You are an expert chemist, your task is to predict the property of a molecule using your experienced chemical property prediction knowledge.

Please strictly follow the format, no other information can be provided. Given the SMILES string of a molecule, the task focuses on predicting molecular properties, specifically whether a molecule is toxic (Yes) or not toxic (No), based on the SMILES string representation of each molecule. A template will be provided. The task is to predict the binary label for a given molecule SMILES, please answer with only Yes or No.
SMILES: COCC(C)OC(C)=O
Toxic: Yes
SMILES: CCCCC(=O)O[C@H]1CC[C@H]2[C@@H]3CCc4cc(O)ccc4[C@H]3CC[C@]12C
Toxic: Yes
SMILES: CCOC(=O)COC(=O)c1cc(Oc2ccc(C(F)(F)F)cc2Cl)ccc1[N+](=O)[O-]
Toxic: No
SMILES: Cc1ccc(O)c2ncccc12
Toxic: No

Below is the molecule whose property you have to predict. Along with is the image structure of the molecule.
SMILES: O=[N+]([O-])c1cccc(S(=O)(=O)NCCNS(=O)(=O)c2cccc([N+](=O)[O-])c2)c1
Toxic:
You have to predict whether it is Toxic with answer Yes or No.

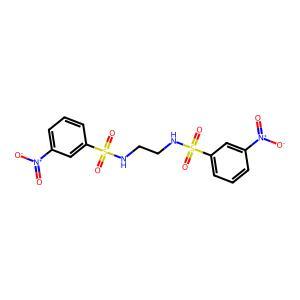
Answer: No